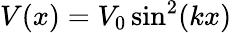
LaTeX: V(x)=V_{0}\, \mathrm{sin}^{2}(kx)